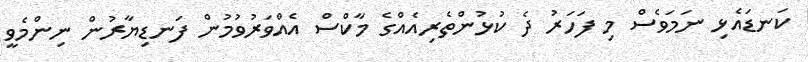
ކަނޑައެޅި ނަމަވެސް މި ފަހަރު ދެ ކުޅުންތެރިއެއްގެ މާކްސް އެއްވަރުވުމުން ފަނޑިޔާރުން ނިންމެވީ